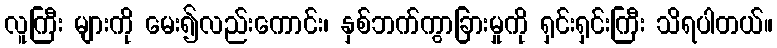
လူကြီး များကို မေး၍လည်းကောင်း၊ နှစ်ဘက်ကွာခြားမှုကို ရှင်းရှင်းကြီး သိရပါတယ်။